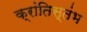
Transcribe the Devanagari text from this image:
क्रांतिस्तंभ